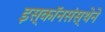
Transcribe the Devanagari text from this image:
इस्कॉनसंस्थेने